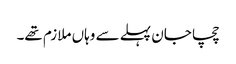
چچا جان پہلے سے وہاں ملازم تھے۔